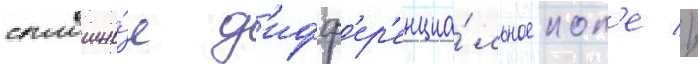
сплошно́е д'ифф'ер'енциа́льное пол'е //